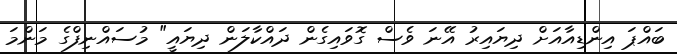
ބައްޕަ އިންޑިއާއަށް ދިޔައިރު އޭނަ ވެސް ގޮވައިގެން ދައްކާލަން ދިޔައީ" މުސައްނިފްގެ މަންމަ